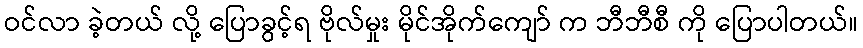
ဝင်လာ ခဲ့တယ် လို့ ပြောခွင့်ရ ဗိုလ်မှုး မိုင်အိုက်ကျော် က ဘီဘီစီ ကို ပြောပါတယ်။